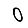
Digit: 0